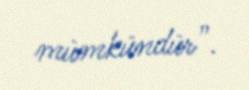
mümkündür”.